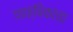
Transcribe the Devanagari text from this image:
पाक्षिकाचा